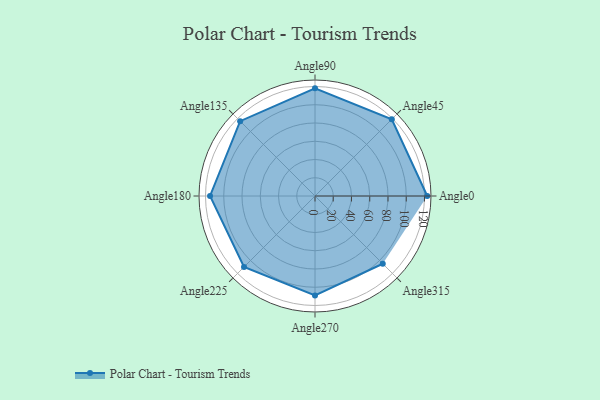
{"axis": {"x": "Angle", "y": "Radius"}, "legend": [""], "data": [{"x": "Angle0", "y": 123.0, "type": ""}, {"x": "Angle45", "y": 119.0, "type": ""}, {"x": "Angle90", "y": 118.0, "type": ""}, {"x": "Angle135", "y": 116.0, "type": ""}, {"x": "Angle180", "y": 115.0, "type": ""}, {"x": "Angle225", "y": 110.0, "type": ""}, {"x": "Angle270", "y": 109.0, "type": ""}, {"x": "Angle315", "y": 105.0, "type": ""}]}